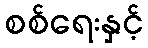
စစ်ရေးနှင့်